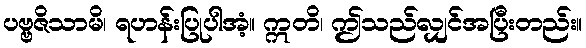
ပဗ္ဗဇိသာမိ၊ ရဟန်းပြုပါအံ့။ ဣတိ၊ ဤသည်လျှင်အပြီးတည်း။